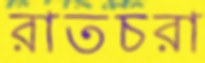
রাতচরা